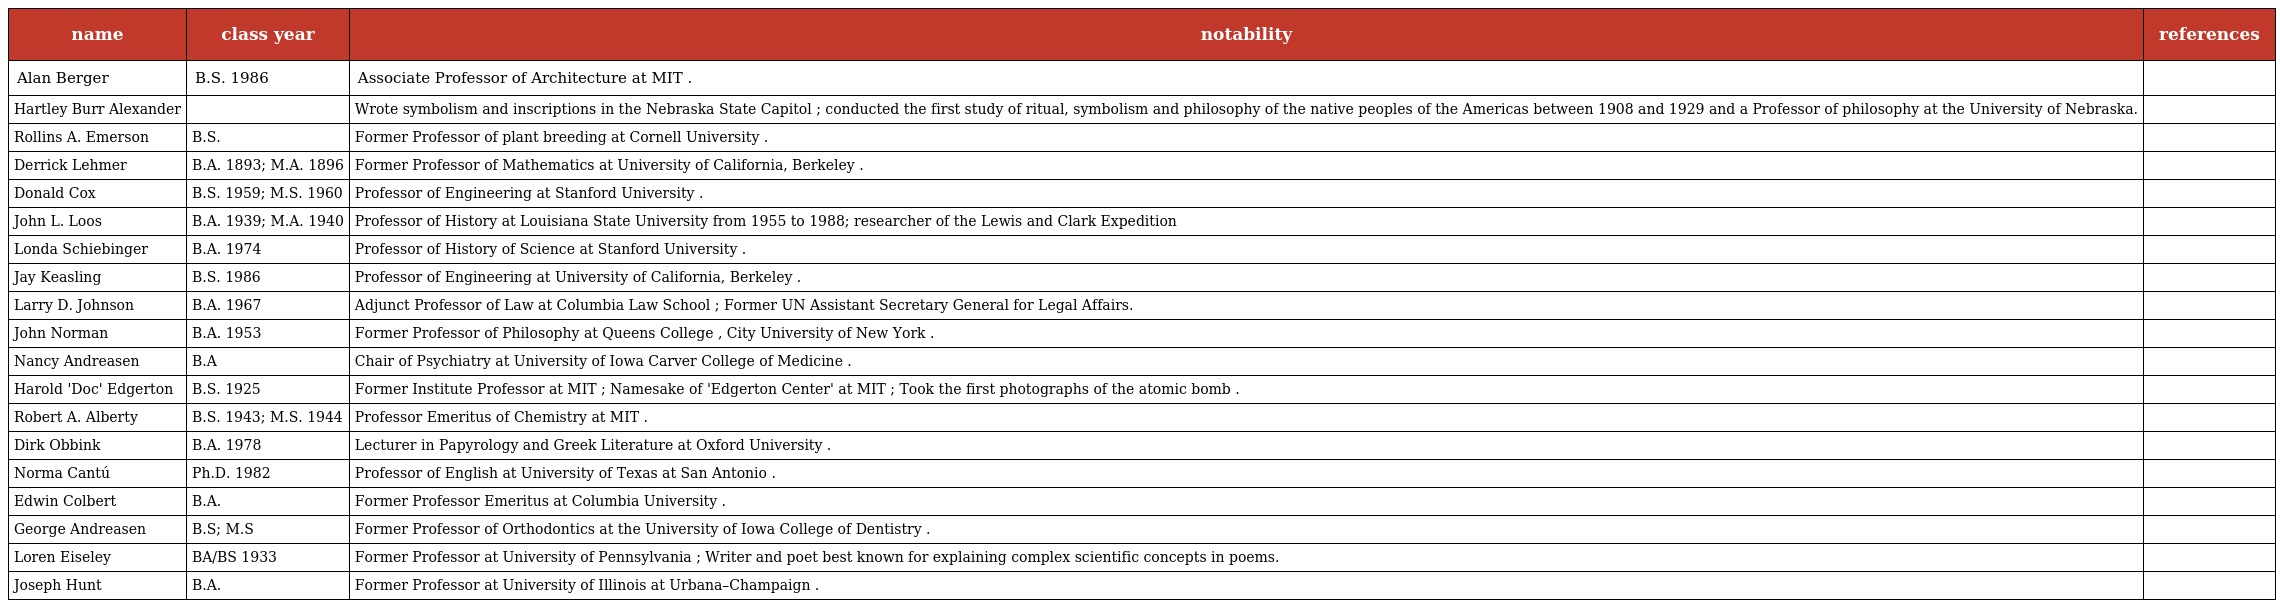
| name | class year | notability | references |
 | --- | --- | --- | --- |
 | Alan Berger | B.S. 1986 | Associate Professor of Architecture at MIT . |  |
 | Hartley Burr Alexander |  | Wrote symbolism and inscriptions in the Nebraska State Capitol ; conducted the first study of ritual, symbolism and philosophy of the native peoples of the Americas between 1908 and 1929 and a Professor of philosophy at the University of Nebraska. |  |
 | Rollins A. Emerson | B.S. | Former Professor of plant breeding at Cornell University . |  |
 | Derrick Lehmer | B.A. 1893; M.A. 1896 | Former Professor of Mathematics at University of California, Berkeley . |  |
 | Donald Cox | B.S. 1959; M.S. 1960 | Professor of Engineering at Stanford University . |  |
 | John L. Loos | B.A. 1939; M.A. 1940 | Professor of History at Louisiana State University from 1955 to 1988; researcher of the Lewis and Clark Expedition |  |
 | Londa Schiebinger | B.A. 1974 | Professor of History of Science at Stanford University . |  |
 | Jay Keasling | B.S. 1986 | Professor of Engineering at University of California, Berkeley . |  |
 | Larry D. Johnson | B.A. 1967 | Adjunct Professor of Law at Columbia Law School ; Former UN Assistant Secretary General for Legal Affairs. |  |
 | John Norman | B.A. 1953 | Former Professor of Philosophy at Queens College , City University of New York . |  |
 | Nancy Andreasen | B.A | Chair of Psychiatry at University of Iowa Carver College of Medicine . |  |
 | Harold 'Doc' Edgerton | B.S. 1925 | Former Institute Professor at MIT ; Namesake of 'Edgerton Center' at MIT ; Took the first photographs of the atomic bomb . |  |
 | Robert A. Alberty | B.S. 1943; M.S. 1944 | Professor Emeritus of Chemistry at MIT . |  |
 | Dirk Obbink | B.A. 1978 | Lecturer in Papyrology and Greek Literature at Oxford University . |  |
 | Norma Cantú | Ph.D. 1982 | Professor of English at University of Texas at San Antonio . |  |
 | Edwin Colbert | B.A. | Former Professor Emeritus at Columbia University . |  |
 | George Andreasen | B.S; M.S | Former Professor of Orthodontics at the University of Iowa College of Dentistry . |  |
 | Loren Eiseley | BA/BS 1933 | Former Professor at University of Pennsylvania ; Writer and poet best known for explaining complex scientific concepts in poems. |  |
 | Joseph Hunt | B.A. | Former Professor at University of Illinois at Urbana–Champaign . |  |